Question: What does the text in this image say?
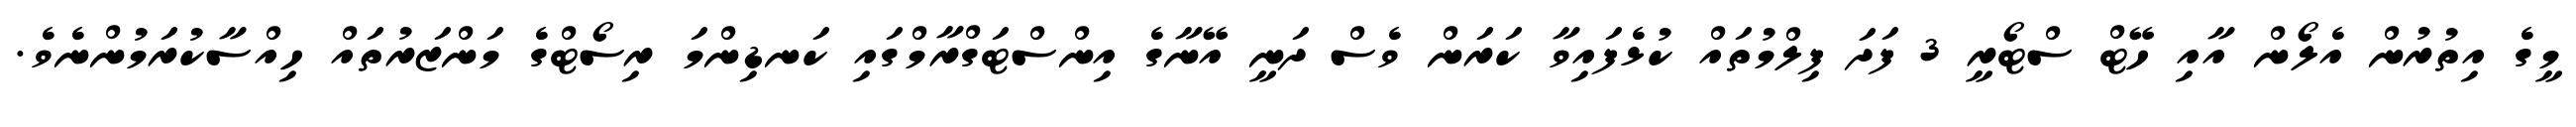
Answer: މީގެ އިތުރުން އެލޯން އާއި ހޭޓް ސްޓޯރީ 3 ފަދަ ފިލްމުތައް ކުޅެފައިވާ ކަރަން ވެސް ދަނީ އޭނާގެ އިންސްޓަގްރާމްގައި ކަނޑިންމަ ރިސޯޓްގެ މަންޒަރުތައް ހިއްސާކުރަމުންނެވެ.